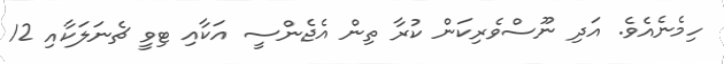
ހިމެނެއެވެ. އަދި ނޫސްވެރިކަން ކުރާ ތިން އެޖެންސީ އަކާއި ޓިވީ ޗެނަލަކާއި 12